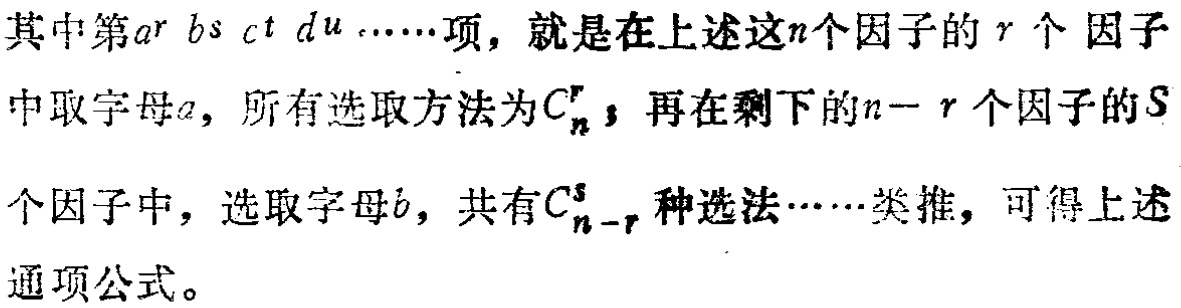
其中第\(a^{r}b^{s}c^{t}d^{u}\cdots\cdots\)项，就是在上述这\(n\)个因子的\(r\)个因子中取字母\(a\)，所有选取方法为\(C_{n}^{r}\)；再在剩下的\(n - r\)个因子的\(s\)个因子中，选取字母\(b\)，共有\(C_{n - r}^{s}\)种选法……类推，可得上述通项公式。